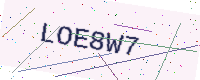
Text: LOE8W7